King Institute of Preventive Medicine Micro-Biological Section reports 1909-11
Year: 1909
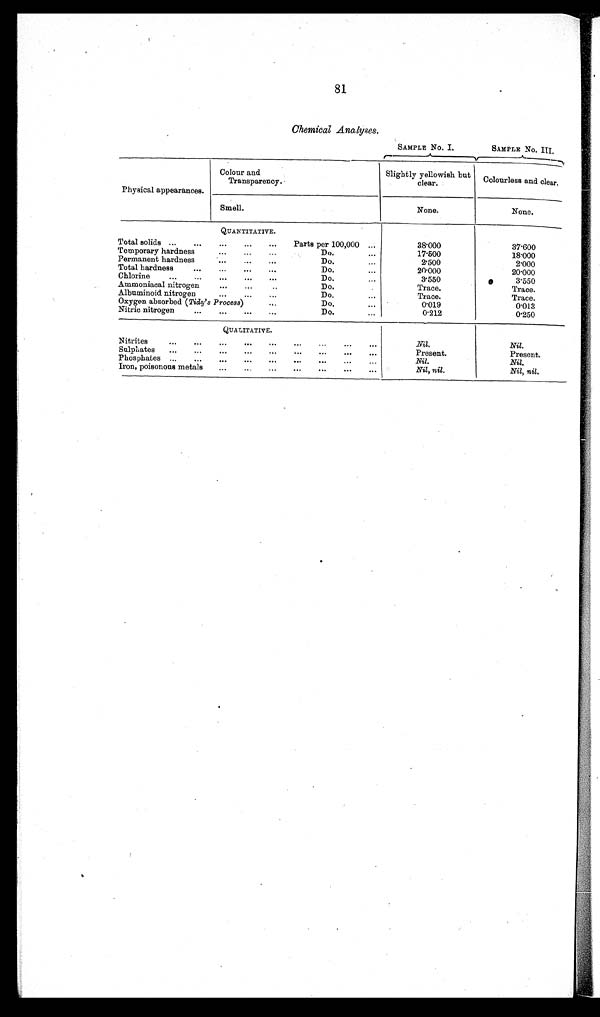
81
Chemical Analyses.
SAMPLE No. I.
SAMPLE No. III.
Physical appearances.
Colour and
Transparency.
Slightly yellowish but
clear.
Colourless and clear .
Smell.
None.
None.
QUANTITATIVE.
Total solids . . .
Parts per 100,000
38.000
37.600
Temporary hardness . . .
Do. . . .
17.500
18.000
Permanent hardness . . .
Do. . . .
2.500
2.000
Do. . . .
20.000
20.000
Total hardness . . .
Chlorine . . .
Do. . . .
3.550
3.550
Ammoniacal nitrogen . . .
Do. . . .
Trace.
Trace.
Albuminoid nitrogen . . .
Do. . . .
T r a c e .
Trace.
Oxygen absorbed (Tidy's Process)
. . .
Do. . . .
0.019
0.013
Nitric nitrogen . . .
Do. . . .
0.212
0.250
QUALITATIVE.
Nitrites . . .
Nil.
Nil.
Sulphates
. . .
Present.
Present.
Phosphates . . .
Nil.
Nil.
Iron, poisonous metals . . .
Nil, nil .
Nil, nil.